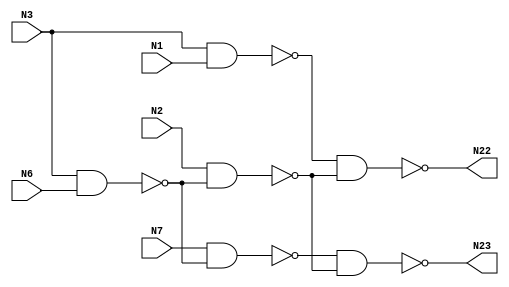

// Generated by Cadence Encounter(R) RTL Compiler RC12.22 - v12.20-s014_1

// Verification Directory fv/c17 

module c17(N1, N2, N3, N6, N7, N22, N23);
  input N1, N2, N3, N6, N7;
  output N22, N23;
  wire N1, N2, N3, N6, N7;
  wire N22, N23;
  wire n_0, n_1, n_2, n_3;
  nand g133 (N22, n_0, n_3);
  nand g134 (N23, n_2, n_3);
  nand g135 (n_3, N2, n_1);
  nand g136 (n_2, N7, n_1);
  nand g137 (n_0, N3, N1);
  nand g138 (n_1, N3, N6);
endmodule